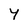
Character: Y